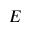
E